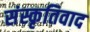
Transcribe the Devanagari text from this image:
संस्कृतिवाद